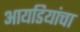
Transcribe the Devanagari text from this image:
आयडियांचा